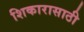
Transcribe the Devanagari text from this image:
शिकारासाठी